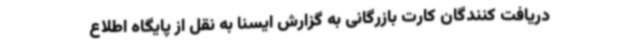
دریافت کنندگان کارت بازرگانی به گزارش ایسنا به نقل از پایگاه اطلاع